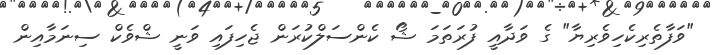
"ވަފާތެރިކެހިވެރިޔާ" ގެ ވަދާއީ ފުރަތަމަ ޝޯ ކެންސަލްކުރަން ޖެހިފައި ވަނީ ޝްވެކް ސިނަމާއިން